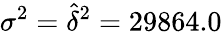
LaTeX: \sigma^{2}=\widehat{\delta}^{2}=29864.0